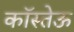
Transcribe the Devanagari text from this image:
कॉस्तेऊ